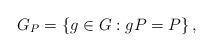
LaTeX: \begin{align*} G_{P} =\left\{ g\in G : gP=P\right\}, \end{align*}